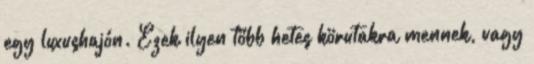
egy luxushajón. Ezek ilyen több hetes körutakra mennek, vagy